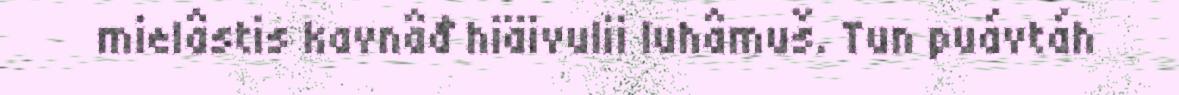
mielâstis kavnâđ hiäivulii luhâmuš. Tun puávtáh